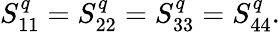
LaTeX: \begin{array}{r}{S_{11}^{q}=S_{22}^{q}=S_{33}^{q}=S_{44}^{q}.}\end{array}